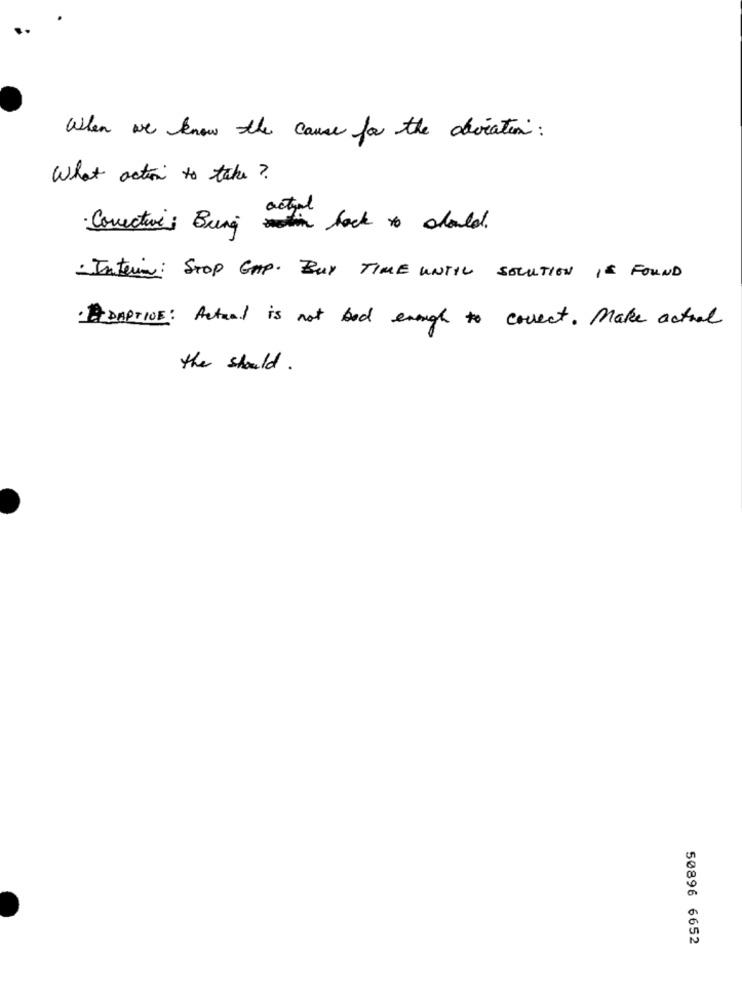
When we know the cause for the clocation :
What action to take?
actual
· Corrective ; Bring motion back to should.
- Interin: STOP GAP. BUY TIME UNTIL SOLUTION IS FOUND
·ADAPTIVE: Actual is not bad enough to correct. Make actual
the should .
50896 6652